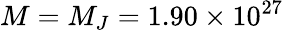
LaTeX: M=M_{J}=1.90\times 10^{27}